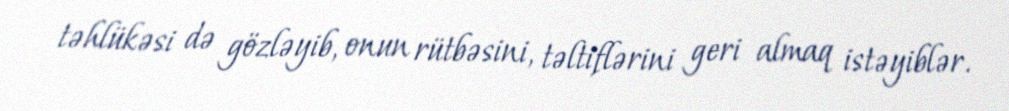
təhlükəsi də gözləyib, onun rütbəsini, təltiflərini geri almaq istəyiblər.